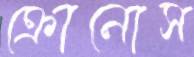
ক্রোনোস